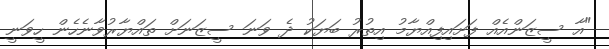
"އާ ސީޒަންއެއް ފަށައިފިއްޔާމު އިތުރު ބަޔަކު ދެ ވަނަ ސީޒަނަށް ތައްޔާރުވާނެހެން ހީވަނީ